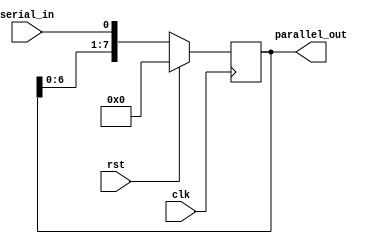
module SIPO_shift_register(
    input clk, // Clock signal
    input rst, // Reset signal
    input serial_in, // Serial input data
    output reg [7:0] parallel_out // Parallel output data
);

reg [7:0] shift_reg; // Internal shift register

always @(posedge clk) begin
    if (rst) begin
        shift_reg <= 8'b0; // Reset shift register to all zeros
    end else begin
        // Shift in serial input data
        shift_reg <= {shift_reg[6:0], serial_in};
    end
end

// Assign parallel outputs from shift register bits
assign parallel_out = shift_reg;

endmodule